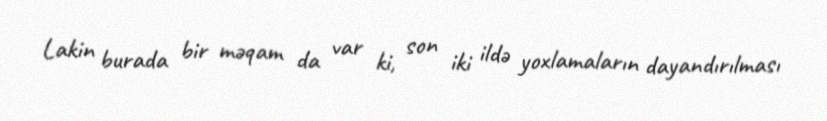
Lakin burada bir məqam da var ki, son iki ildə yoxlamaların dayandırılması